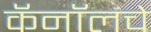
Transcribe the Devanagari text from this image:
कॅनॉलचे